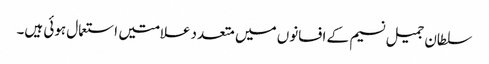
سلطان جمیل نسیم کے افسانوں میں متعدد علامتیں استعمال ہوئی ہیں۔